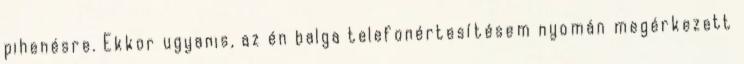
pihenésre. Ekkor ugyanis, az én balga telefonértesítésem nyomán megérkezett